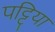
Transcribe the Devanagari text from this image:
पट्टिया